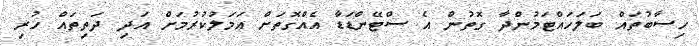
ހިސާބުތައް ބަލަހައްޓަމުންދާ ގޮތުން އެ ސްޓޭންޑަޑާ އެއްގޮތަށް އަމަލުކުރުމަށް އަދި ދަތިތައް ހުރި